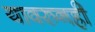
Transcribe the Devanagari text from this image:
यावरुनही